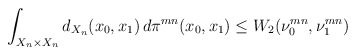
\begin{align*}&\int_{X_n\times X_n}d_{X_n}(x_0, x_1)\,d\pi^{mn}(x_0,x_1)\le W_2(\nu_0^{mn}, \nu_1^{mn})\end{align*}